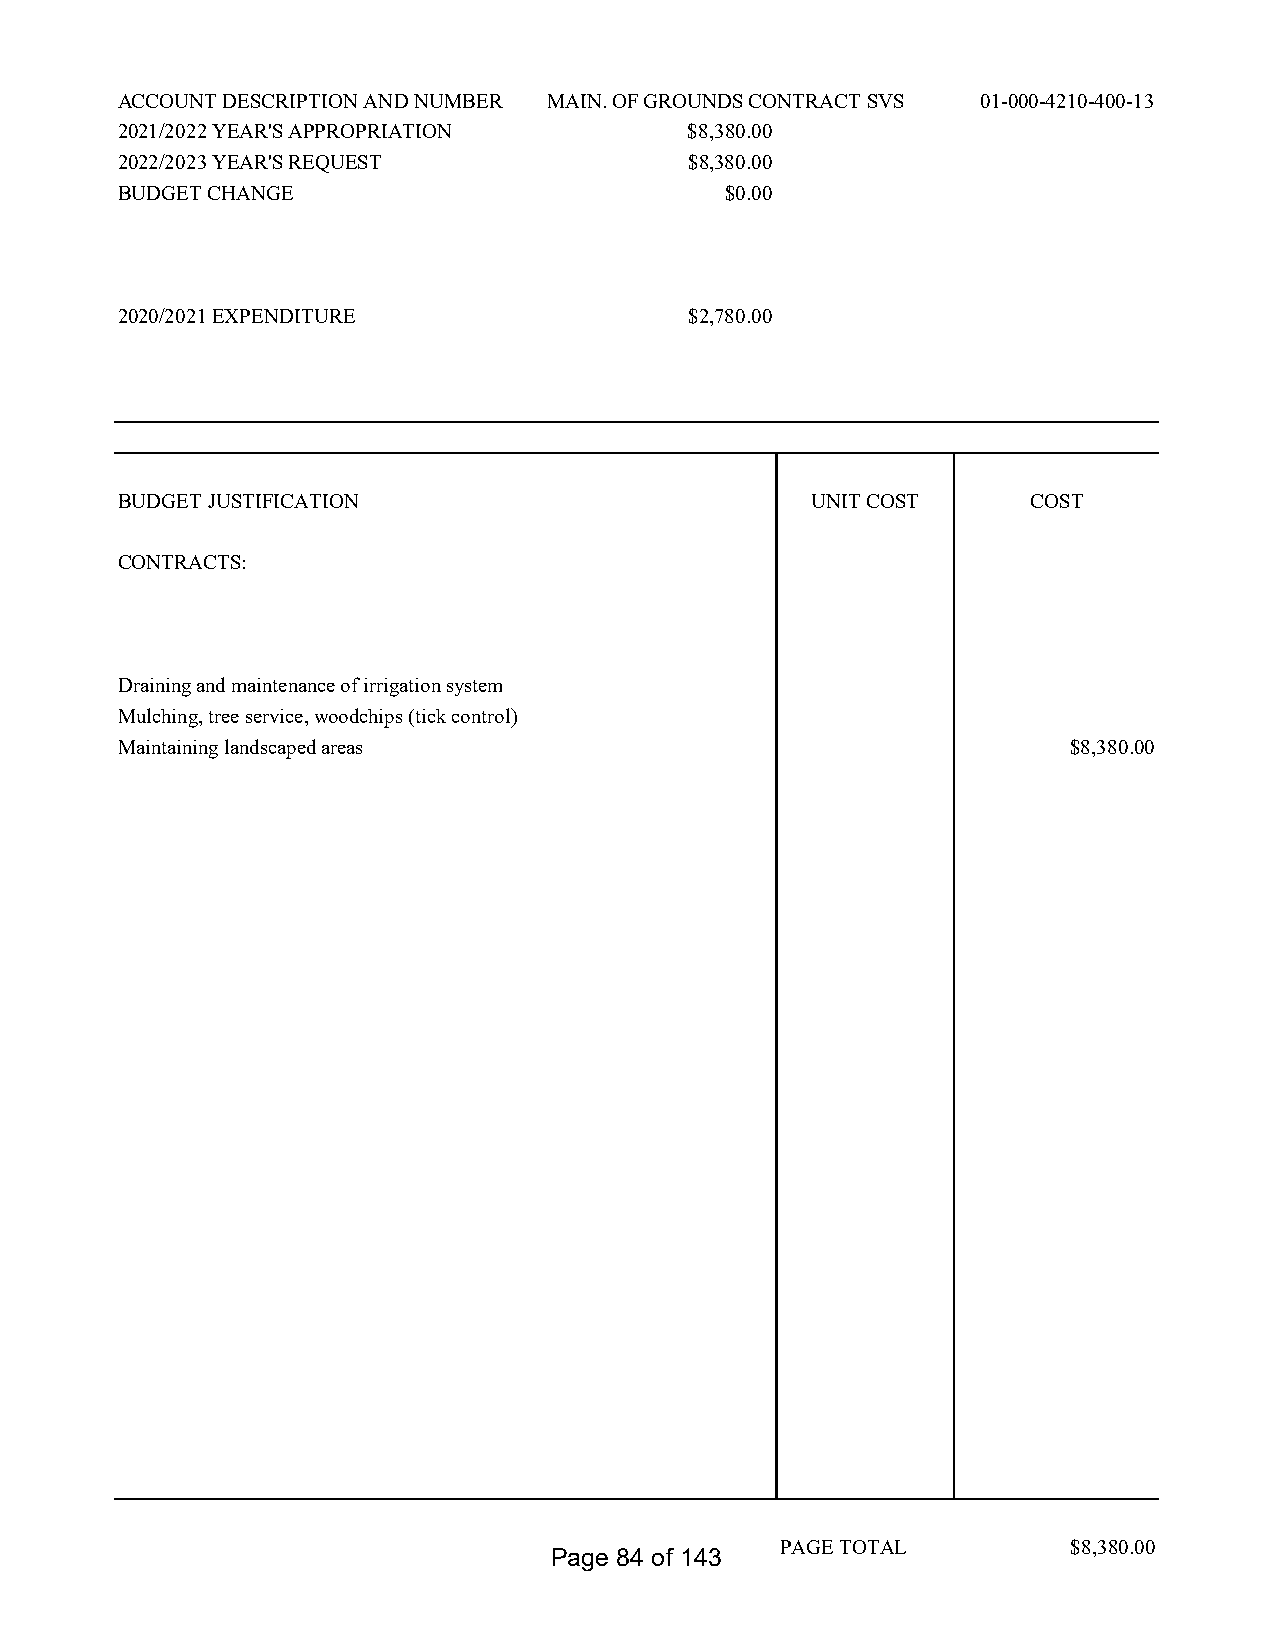
ACCOUNT DESCRIPTION AND NUMBER MAIN. OF GROUNDS CONTRACT SVS 01-000-4210-400-13
 2021/2022 YEAR'S APPROPRIATION        $8,380.00
 2022/2023 YEAR'S REQUEST              $8,380.00
 BUDGET CHANGE                           $0.00
 2020/2021 EXPENDITURE                 $2,780.00
 BUDGET JUSTIFICATION                          UNIT COST     COST
 CONTRACTS:
 Draining and maintenance of irrigation system
 Mulching, tree service, woodchips (tick control)
 Maintaining landscaped areas                                   $8,380.00
 PAGE TOTAL         $8,380.00
 Page 84 of 143